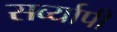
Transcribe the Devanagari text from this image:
सर्व्यापी